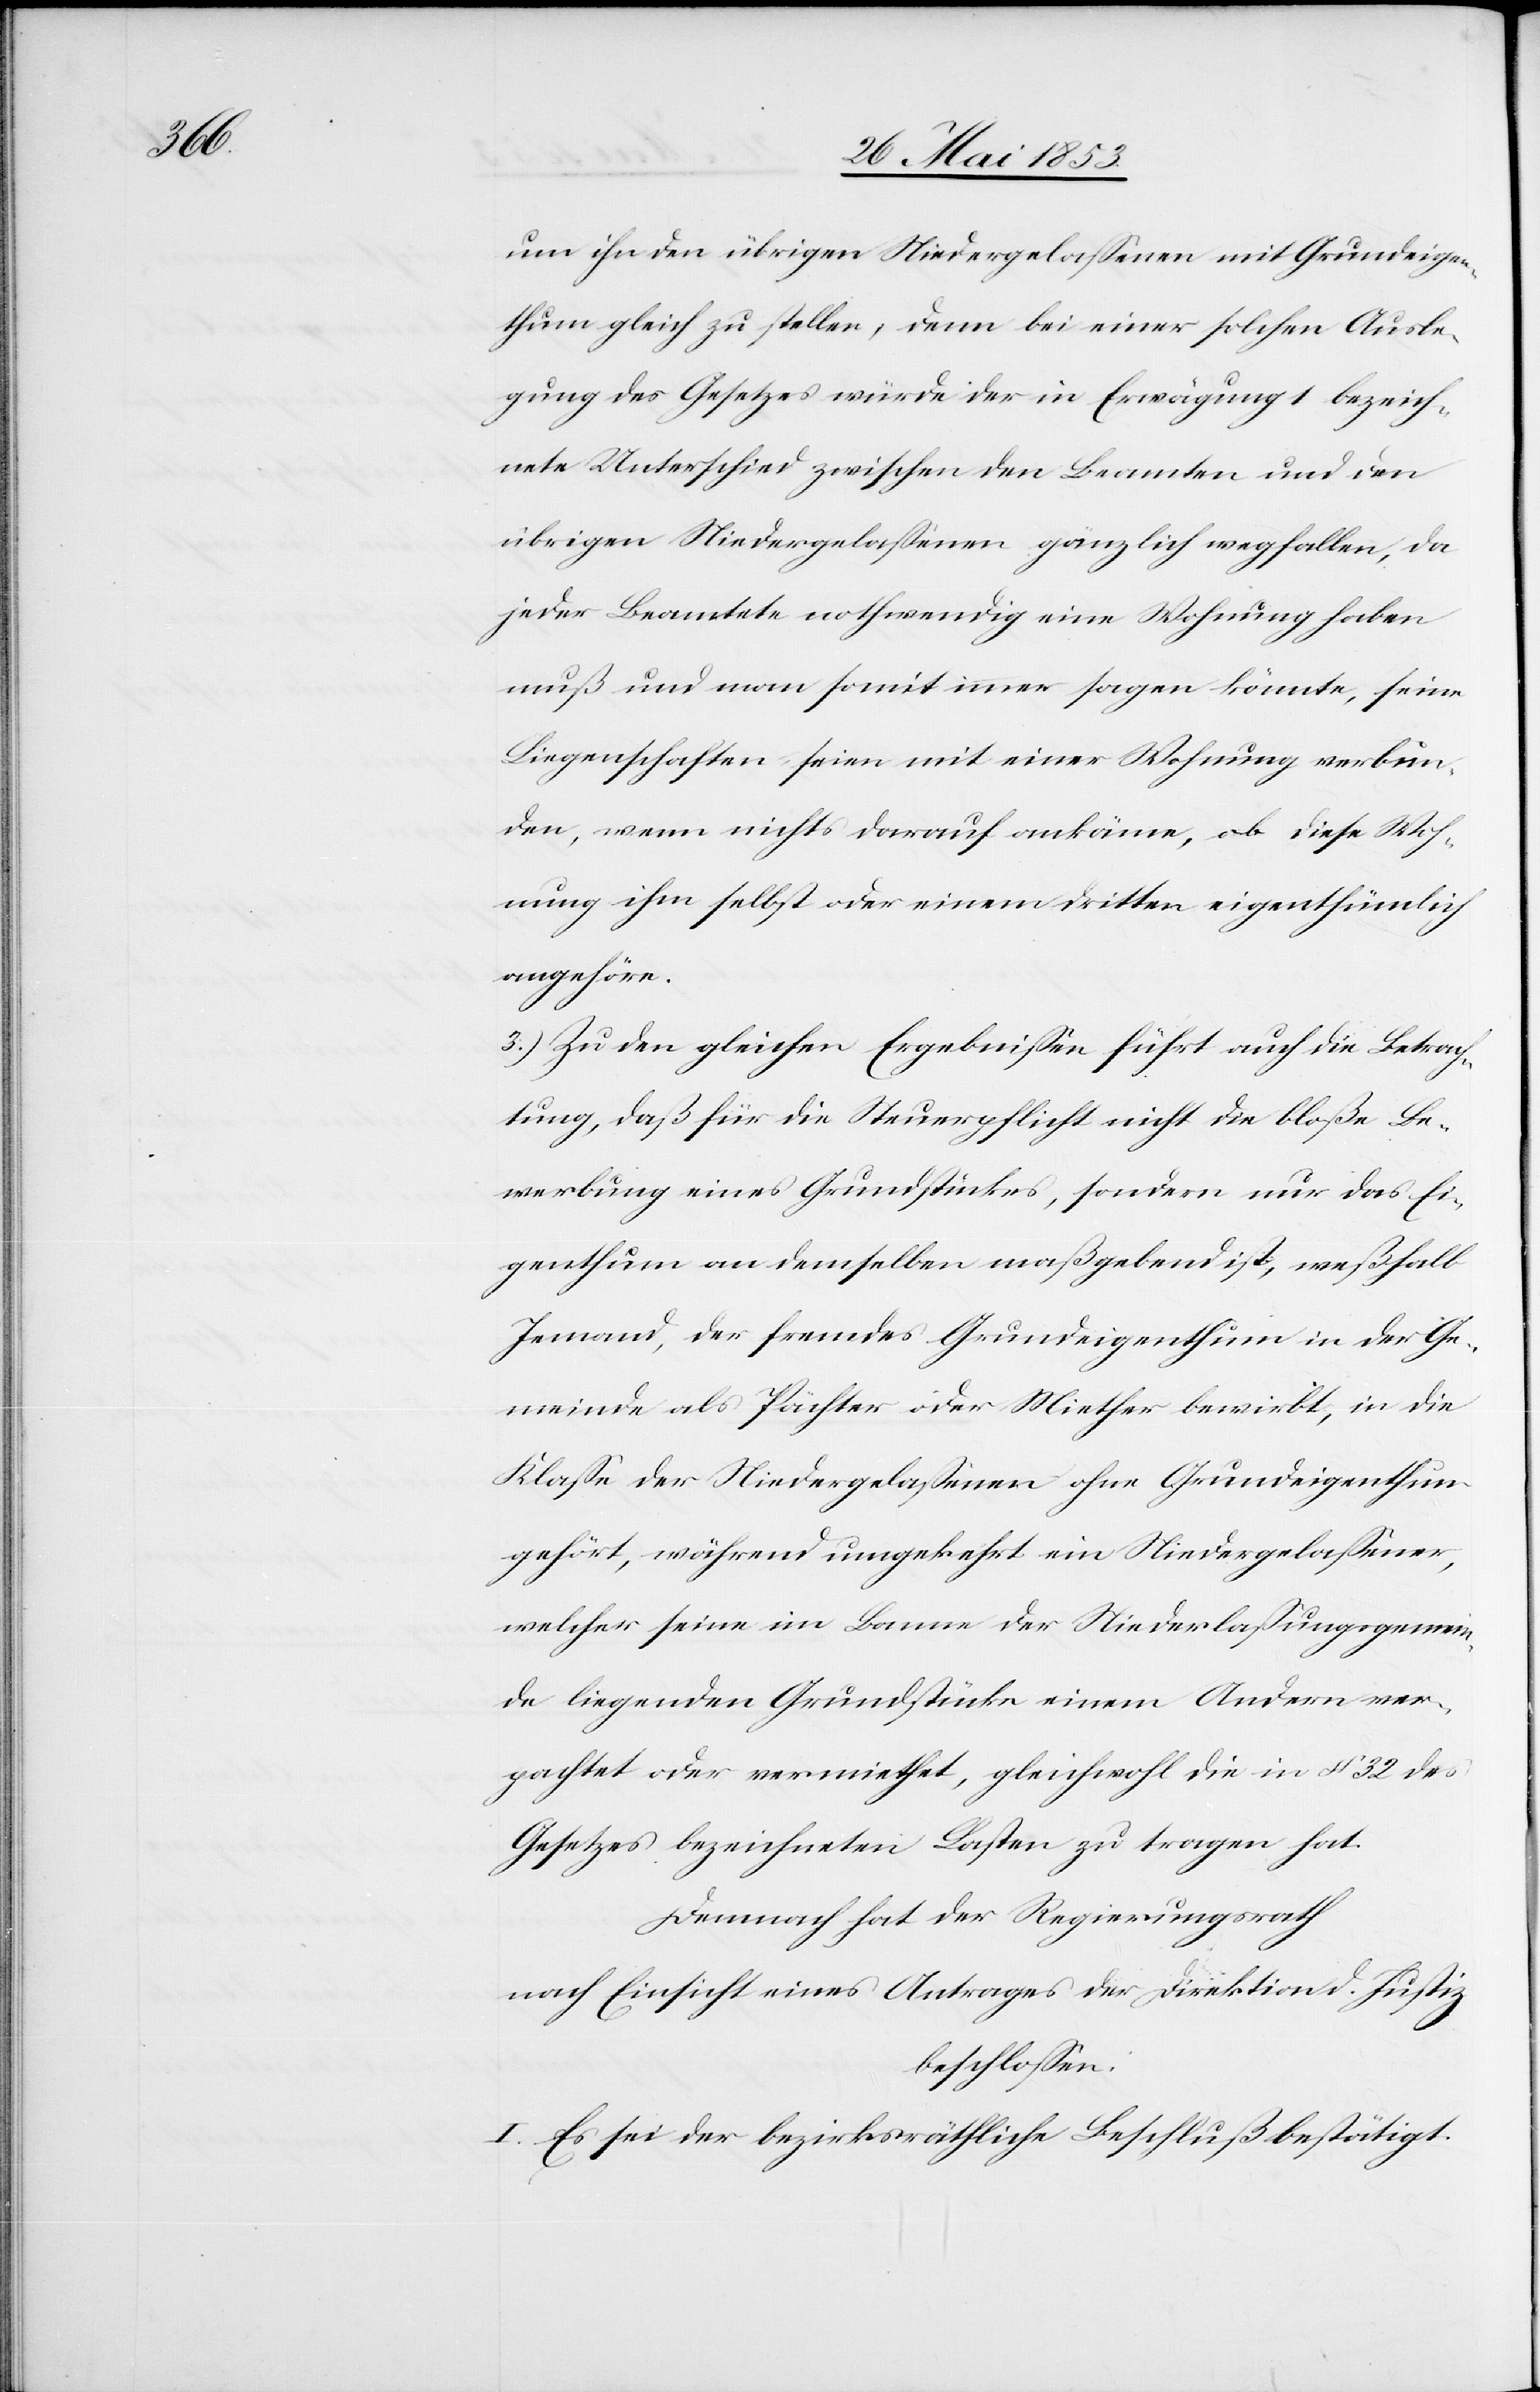
um ihn den übrigen Niedergelaßenen mit Grundeigen¬
thum gleich zu stellen, denn bei einer solchen Ausle¬
gung des Gesetzes würde der in Erwägung 1 bezeich¬
nete Unterschied zwischen den Beamten und den
übrigen Niedergelaßenen gänzlich wegfallen, da
jeder Beamtete nothwendig eine Wohnung haben
muß und man somit immer sagen könnte, seine
Liegenschaften seien mit einer Wohnung verbun¬
den, wenn nichts darauf ankäme, ob diese Woh¬
nung ihm selbst oder einem dritten eigenthümlich
angehöre.
3.) Zu den gleichen Ergebnißen führt auch die Betrach¬
tung, daß für die Steuerpflicht nicht die bloße Be¬
werbung eines Grundstückes, sondern nur das Ei¬
genthum an demselben maßgebend ist, weßhalb
Jemand, der fremdes Grundeigenthum in der Ge¬
meinde als Pächter oder Miether bewirbt, in die
Klaße der Niedergelaßenen ohne Grundeigenthum
gehört, während umgekehrt ein Niedergelaßener,
welcher seine im Banne der Niederlaßungsgemein¬
de liegenden Grundstücke einem Andern ver¬
pachtet oder vermiethet, gleichwohl die in § 32 des
Gesetzes bezeichneten Lasten zu tragen hat.
Demnach hat der Regierungsrath
nach Einsicht eines Antrages der Direktion d. Justiz
beschloßen:
I. Es sei der bezirksräthliche Beschluß bestätigt.